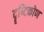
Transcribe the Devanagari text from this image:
दॄष्‍टिकोण